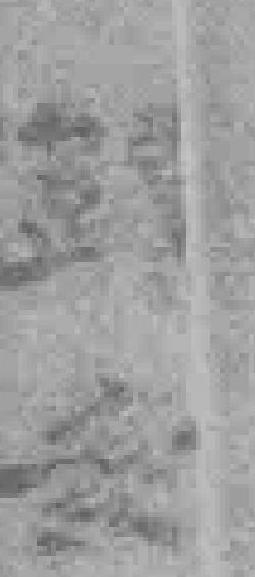
*